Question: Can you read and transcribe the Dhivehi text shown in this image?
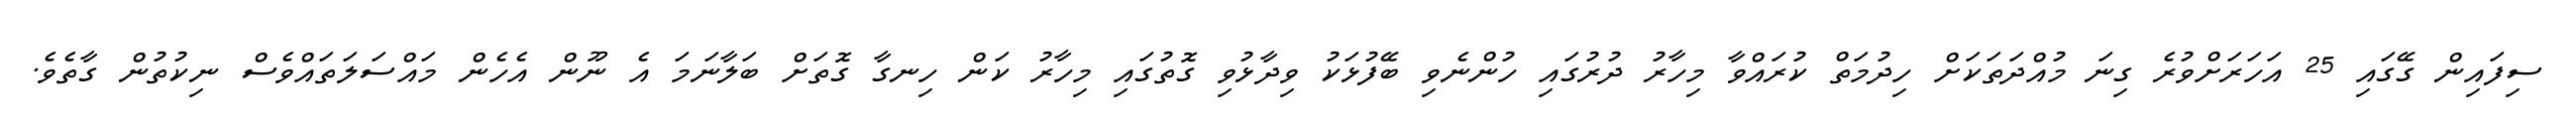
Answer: ސިފައިން ގޭގައި 25 އަހަރަށްވުރެ ގިނަ މުއްދަތަކަށް ހިދުމަތް ކުރައްވާ މިހާރު ދުރުގައި ހުންނެވި ބޭފުޅަކު ވިދާޅުވި ގޮތުގައި މިހާރު ކަން ހިނގާ ގޮތަށް ބަލާނަމަ އެ ނޫން އެހެން މައްސަލަތައްވެސް ނިކުތުން ގާތެވެ.